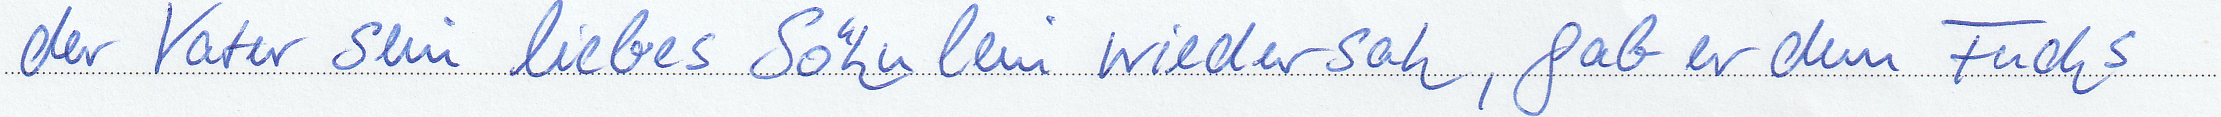
der Vater sein liebes Söhnlein wiedersah, gab er dem Fuchs